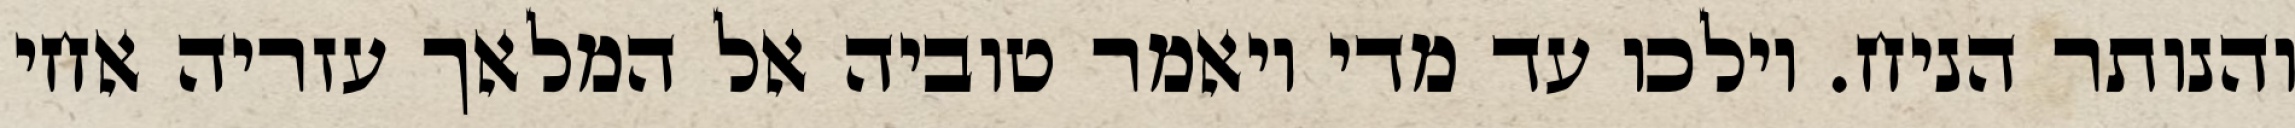
והנותר הניח. וילכו עד מדי ויאמר טוביה אל המלאך עזריה אחי